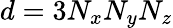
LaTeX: d=3N_{x}N_{y}N_{z}